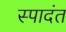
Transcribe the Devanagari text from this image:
स्पादंत